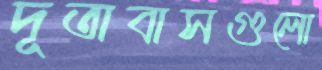
দূতাবাসগুলো